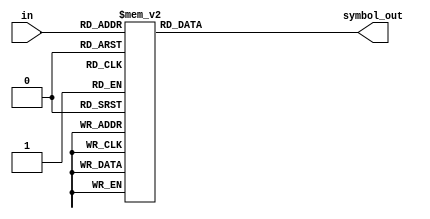
module symbol_select(
                  input [2:0] in,
                  output reg [3:0] symbol_out
);

    always @ (*) begin

      case(in) 
        3'b000:      symbol_out = 4'b0010;    //A morse code 
        3'b001:      symbol_out = 4'b0001;    //B morse code
        3'b010:      symbol_out = 4'b0101;    //C morse code
        3'b011:      symbol_out = 4'b0001;    //D morse code
        3'b100:      symbol_out = 4'b0000;    //E morse code
        3'b101:      symbol_out = 4'b0100;    //F morse code
        3'b110:      symbol_out = 4'b0011;    //G morse code
        3'b111:      symbol_out = 4'b0000;    //H morse code
        default:     symbol_out = 4'b1111;
      endcase

    end

endmodule